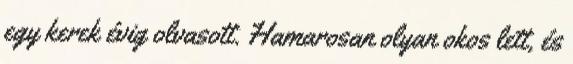
egy kerek évig olvasott. Hamarosan olyan okos lett, és